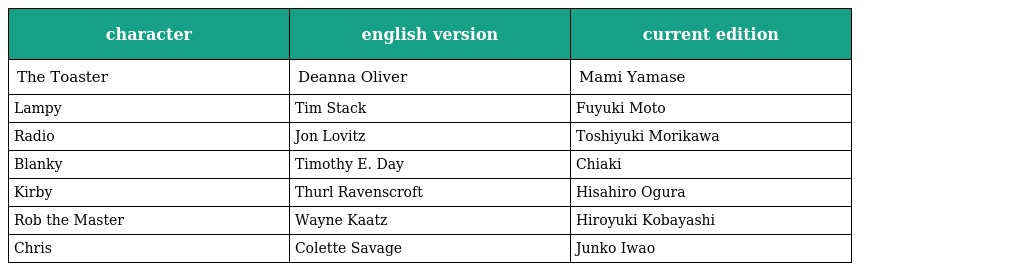
| character | english version | current edition |
 | --- | --- | --- |
 | The Toaster | Deanna Oliver | Mami Yamase |
 | Lampy | Tim Stack | Fuyuki Moto |
 | Radio | Jon Lovitz | Toshiyuki Morikawa |
 | Blanky | Timothy E. Day | Chiaki |
 | Kirby | Thurl Ravenscroft | Hisahiro Ogura |
 | Rob the Master | Wayne Kaatz | Hiroyuki Kobayashi |
 | Chris | Colette Savage | Junko Iwao |